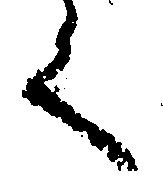
く